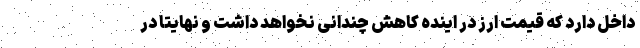
داخل دارد که قیمت ارز در اینده کاهش چندانی نخواهد داشت و نهایتا در